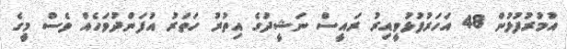
އުމުރުފުޅުން 48 އަހަރުފުޅުވީއިރު ރައީސް ނަޝީދުގެ އިތުރު ހަތަރު އުފަންދުވަހެއް ވެސް މީގެ